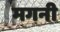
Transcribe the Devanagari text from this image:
मगनी